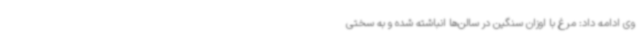
وی ادامه داد: مرغ با اوزان سنگین در سالن‌ها انباشته شده و به سختی